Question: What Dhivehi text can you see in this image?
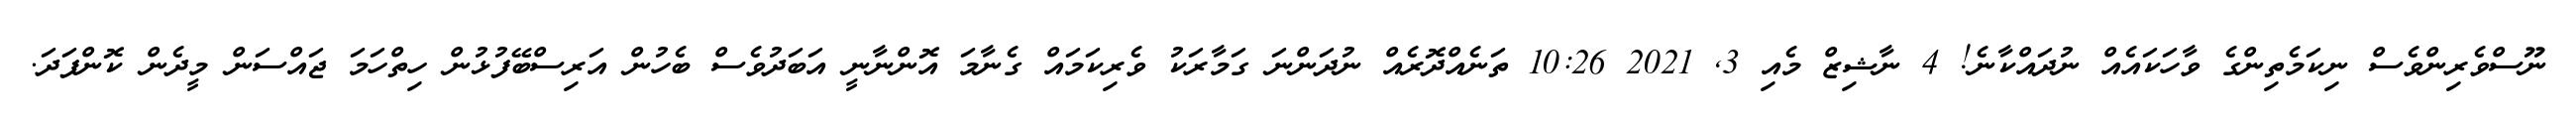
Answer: ނޫސްވެރިންވެސް ނިކަމެތިންގެ ވާހަކައެއް ނުދައްކާނެ! 4 ނާޝިޒް މެއި 3, 2021 10:26 ތަނެއްދޮރެއް ނުދަންނަ ގަމާރަކު ވެރިކަމައް ގެނާމަ އޮންނާނީ އަބަދުވެސް ބެހުން އަރިސްބޭފުޅުން ހިތްހަމަ ޖައްސަން މީދެން ކޮންފަދަ.